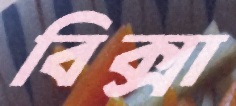
বিক্সা